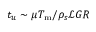
t _ { u } \sim \mu T _ { \mathrm { m } } / \rho _ { s } \mathcal { L } G R